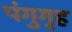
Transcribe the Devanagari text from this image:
पंगुगृह